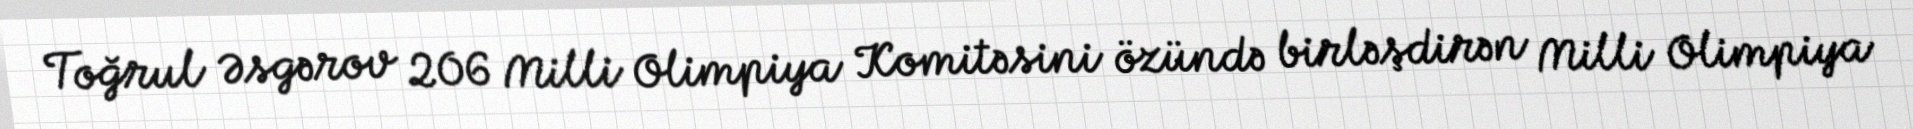
Toğrul Əsgərov 206 Milli Olimpiya Komitəsini özündə birləşdirən Milli Olimpiya